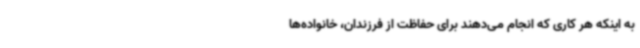
به اینکه هر کاری که انجام می‌دهند برای حفاظت از فرزندان، خانواده‌ها